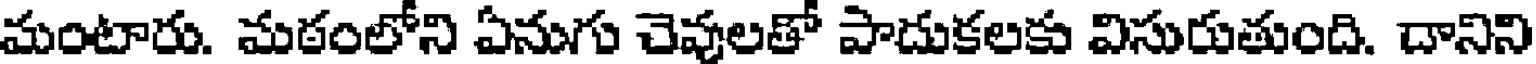
మంటారు. మఠంలోని ఏనుగు చెవులతో పాదుకలకు విసురుతుంది. దానిని